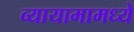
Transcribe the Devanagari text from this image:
व्यायामामध्ये